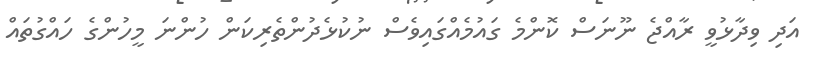
އަދި ވިދާޅުވީ ރާއްޖެ ނޫނަސް ކޮންމެ ގައުމެއްގައިވެސް ނުކުޅެދުންތެރިކަން ހުންނަ މީހުންގެ ހައްގުތައް